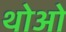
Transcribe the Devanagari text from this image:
थोआे